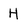
Character: H